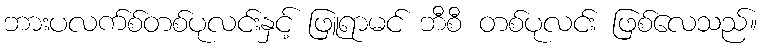
ဘားပလက်စ်တစ်ပုလင်းနှင့် ဖြူရာမင် ဘီစီ တစ်ပုလင်း ဖြစ်လေသည်။